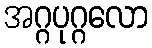
အဂ္ဂပုဂ္ဂလော